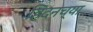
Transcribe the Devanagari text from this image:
हिंदनच्या